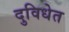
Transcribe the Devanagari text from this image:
दुविधेत